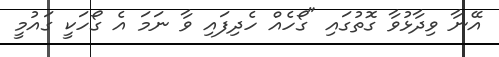
އޭނާ ވިދާޅުވާ ގޮތުގައި "ގޯހެއް ހެދިފައި ވާ ނަމަ އެ ގޯހަކީ ގައުމީ